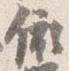
依